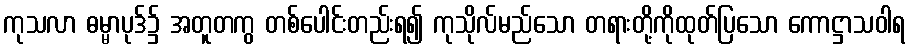
ကုသလာ ဓမ္မာပုဒ်၌ အတူတကွ တစ်ပေါင်းတည်းရ၍ ကုသိုလ်မည်သော တရားတို့ကိုထုတ်ပြသော ကောဋ္ဌာသဝါရ